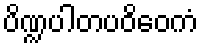
ပိဏ္ဍပါတပဝိဝေကံ